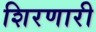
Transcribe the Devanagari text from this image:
शिरणारी